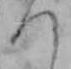
つ